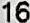
16